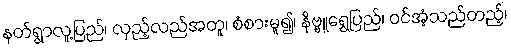
နတ်ရွာလူ့ပြည်၊ လှည့်လည်အတူ၊ စံစားမူ၍၊ နိဗ္ဗူရွှေပြည်၊ ဝင်အံ့သည်တည့်၊